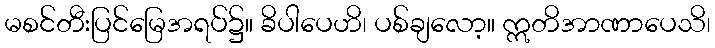
မစင်တီးပြင်မြေအရပ်၌။ ခိပါပေဟိ၊ ပစ်ချလော့။ ဣတိအာဏာပေသိ၊